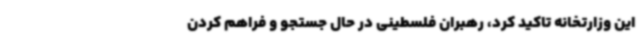
این وزارتخانه تاکید کرد، رهبران فلسطینی در حال جستجو و فراهم کردن